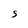
Character: S